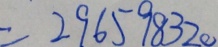
= 2 9 6 5 9 8 3 2 0